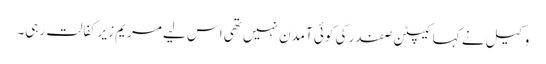
وکیل نے کہا کیپٹن صفدر کی کوئی آمدن نہیں تھی اس لیے مریم زیرکفالت رہی۔